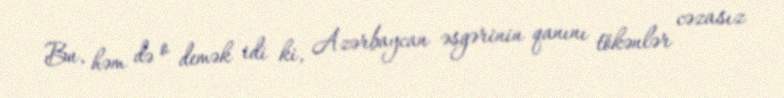
Bu, həm də o demək idi ki, Azərbaycan əsgərinin qanını tökənlər cəzasız